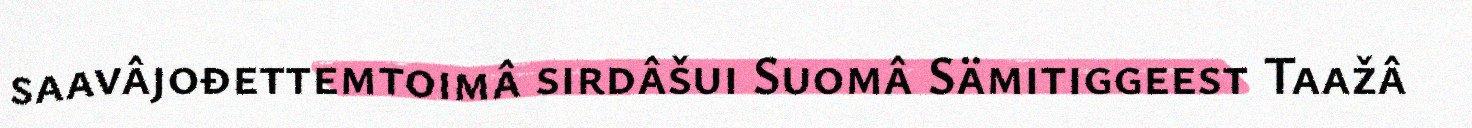
saavâjođettemtoimâ sirdâšui Suomâ Sämitiggeest Taažâ